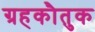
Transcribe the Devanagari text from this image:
ग्रहकौतुक